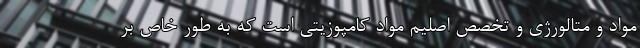
مواد و متالورژی و تخصص اصلیم مواد کامپوزیتی است که به طور خاص بر